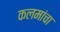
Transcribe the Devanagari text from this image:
कलमांचा